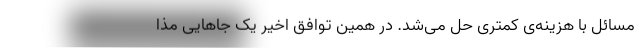
مسائل با هزینه‌ی کمتری حل می‌شد. در همین توافق اخیر یک جاهایی مذا